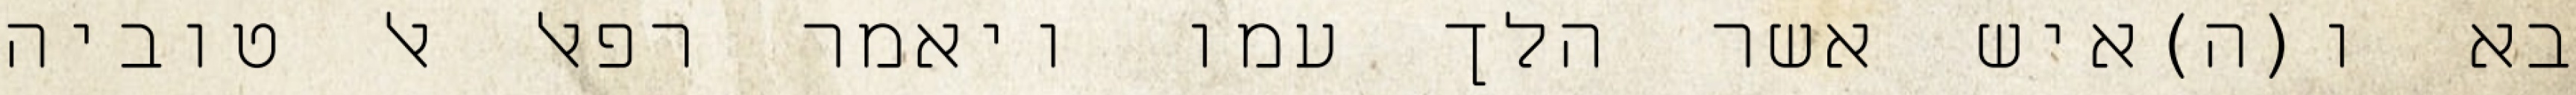
בא ו(ה)איש אשר הלך עמו ויאמר רפאל אל טוביה